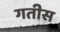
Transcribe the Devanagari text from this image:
गतीस